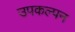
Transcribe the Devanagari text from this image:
उपकल्पन